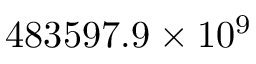
4 8 3 5 9 7 . 9 \times 1 0 ^ { 9 }